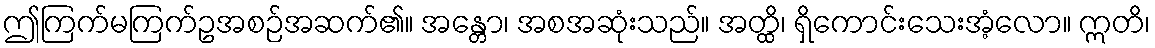
ဤကြက်မကြက်ဥအစဉ်အဆက်၏။ အန္တော၊ အစအဆုံးသည်။ အတ္ထိ၊ ရှိကောင်းသေးအံ့လော။ ဣတိ၊